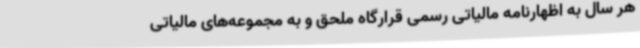
هر سال به اظهارنامه مالیاتی رسمی قرارگاه ملحق و به مجموعه‌های مالیاتی